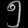
Digit: ၅